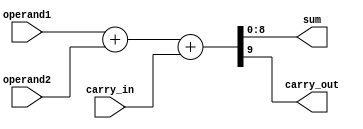
module carry_detect_adder (
    input wire [7:0] operand1,
    input wire [7:0] operand2,
    input wire carry_in,
    output reg [8:0] sum,
    output reg carry_out
);

assign {carry_out, sum} = operand1 + operand2 + carry_in;

endmodule